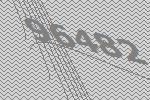
96482